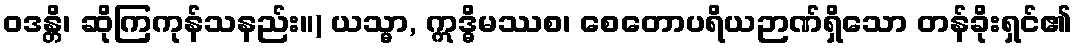
ဝဒန္တိ၊ ဆိုကြကုန်သနည်း။) ယသ္မာ, ဣဒ္ဓိမဿစ၊ စေတောပရိယဉာဏ်ရှိသော တန်ခိုးရှင်၏